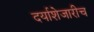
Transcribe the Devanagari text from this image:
दर्याशेजारीच